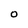
Character: O